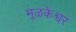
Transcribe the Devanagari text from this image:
मूळकेश्वर